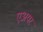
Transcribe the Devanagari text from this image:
एअयर